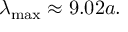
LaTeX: \lambda _ { \mathrm { m a x } } \approx 9 . 0 2 a .